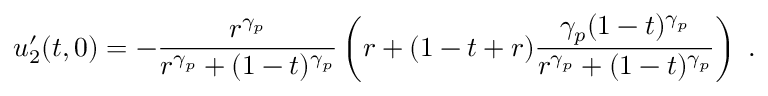
u _ { 2 } ^ { \prime } ( t , 0 ) = - \frac { r ^ { \gamma _ { p } } } { r ^ { \gamma _ { p } } + ( 1 - t ) ^ { \gamma _ { p } } } \left( r + ( 1 - t + r ) \frac { \gamma _ { p } ( 1 - t ) ^ { \gamma _ { p } } } { r ^ { \gamma _ { p } } + ( 1 - t ) ^ { \gamma _ { p } } } \right) \; .